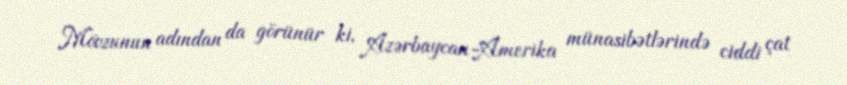
Mövzunun adından da görünür ki, Azərbaycan-Amerika münasibətlərində ciddi çat